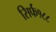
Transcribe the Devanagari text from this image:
सिर्फ१८८